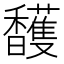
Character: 𲋲